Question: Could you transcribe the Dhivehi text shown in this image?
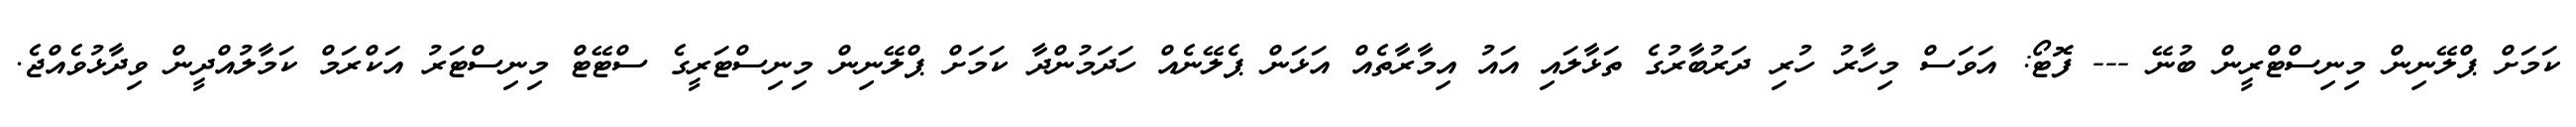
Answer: ކަމަށް ޕްލޭނިން މިނިސްޓްރީން ބުނޭ --- ފޮޓޯ: އަވަސް މިހާރު ހުރި ދަރުބާރުގެ ތަޅާލައި އައު އިމާރާތެއް އަޅަން ޕެލޭނެއް ހަދަމުންދާ ކަމަށް ޕްލޭނިން މިނިސްޓަރީގެ ސްޓޭޓް މިނިސްޓަރު އަކްރަމް ކަމާލުއްދީން ވިދާޅުވެއްޖެ.